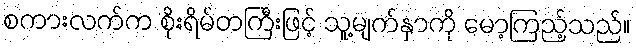
စကားလက်က စိုးရိမ်တကြီးဖြင့် သူ့မျက်နှာကို မော့ကြည့်သည်။